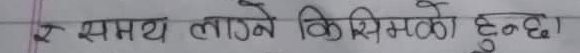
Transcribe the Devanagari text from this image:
र समय लाग्ने किसिमको हुन्छ।